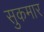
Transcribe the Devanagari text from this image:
सुकमार